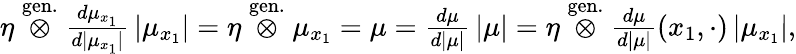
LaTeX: \begin{array}{r}{\eta\stackrel{\mathrm{gen.}}{\otimes}\frac{d\mu_{x_{1}}}{d|\mu_{x_{1}}|}\, |\mu_{x_{1}}|=\eta\stackrel{\mathrm{gen.}}{\otimes}\mu_{x_{1}}=\mu=\frac{d\mu}{d|\mu|}\, |\mu|=\eta\stackrel{\mathrm{gen.}}{\otimes}\frac{d\mu}{d|\mu|}(x_{1},\cdot)\, |\mu_{x_{1}}|,}\end{array}